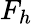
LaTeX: F_{h}